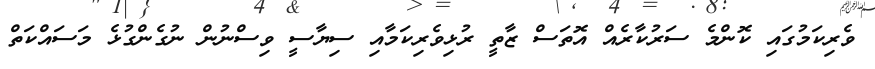
ވެރިކަމުގައި ކޮންމެ ސަރުކާރެއް އޮތަސް ޒާތީ ރުޅިވެރިކަމާއި ސިޔާސީ ވިސްނުން ނުގެންގުޅެ މަސައްކަތް